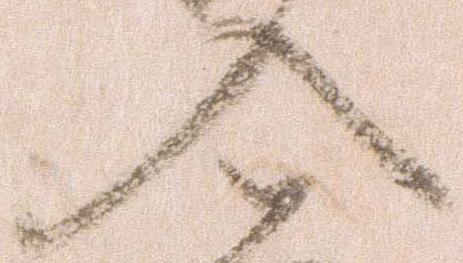
入